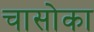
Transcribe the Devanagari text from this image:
चासोका